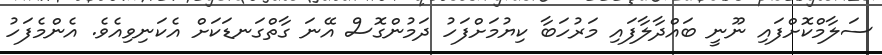
ސަލާމްކޮށްފައި ނޫނީ ބައްދާލާފައި މަރުހަބާ ކިޔުމަށްފަހު ދަމުންގޮސް އޭނަ ގާތްގަނޑަކަށް އެކަނިވިއެވެ. އެންމެފަހު